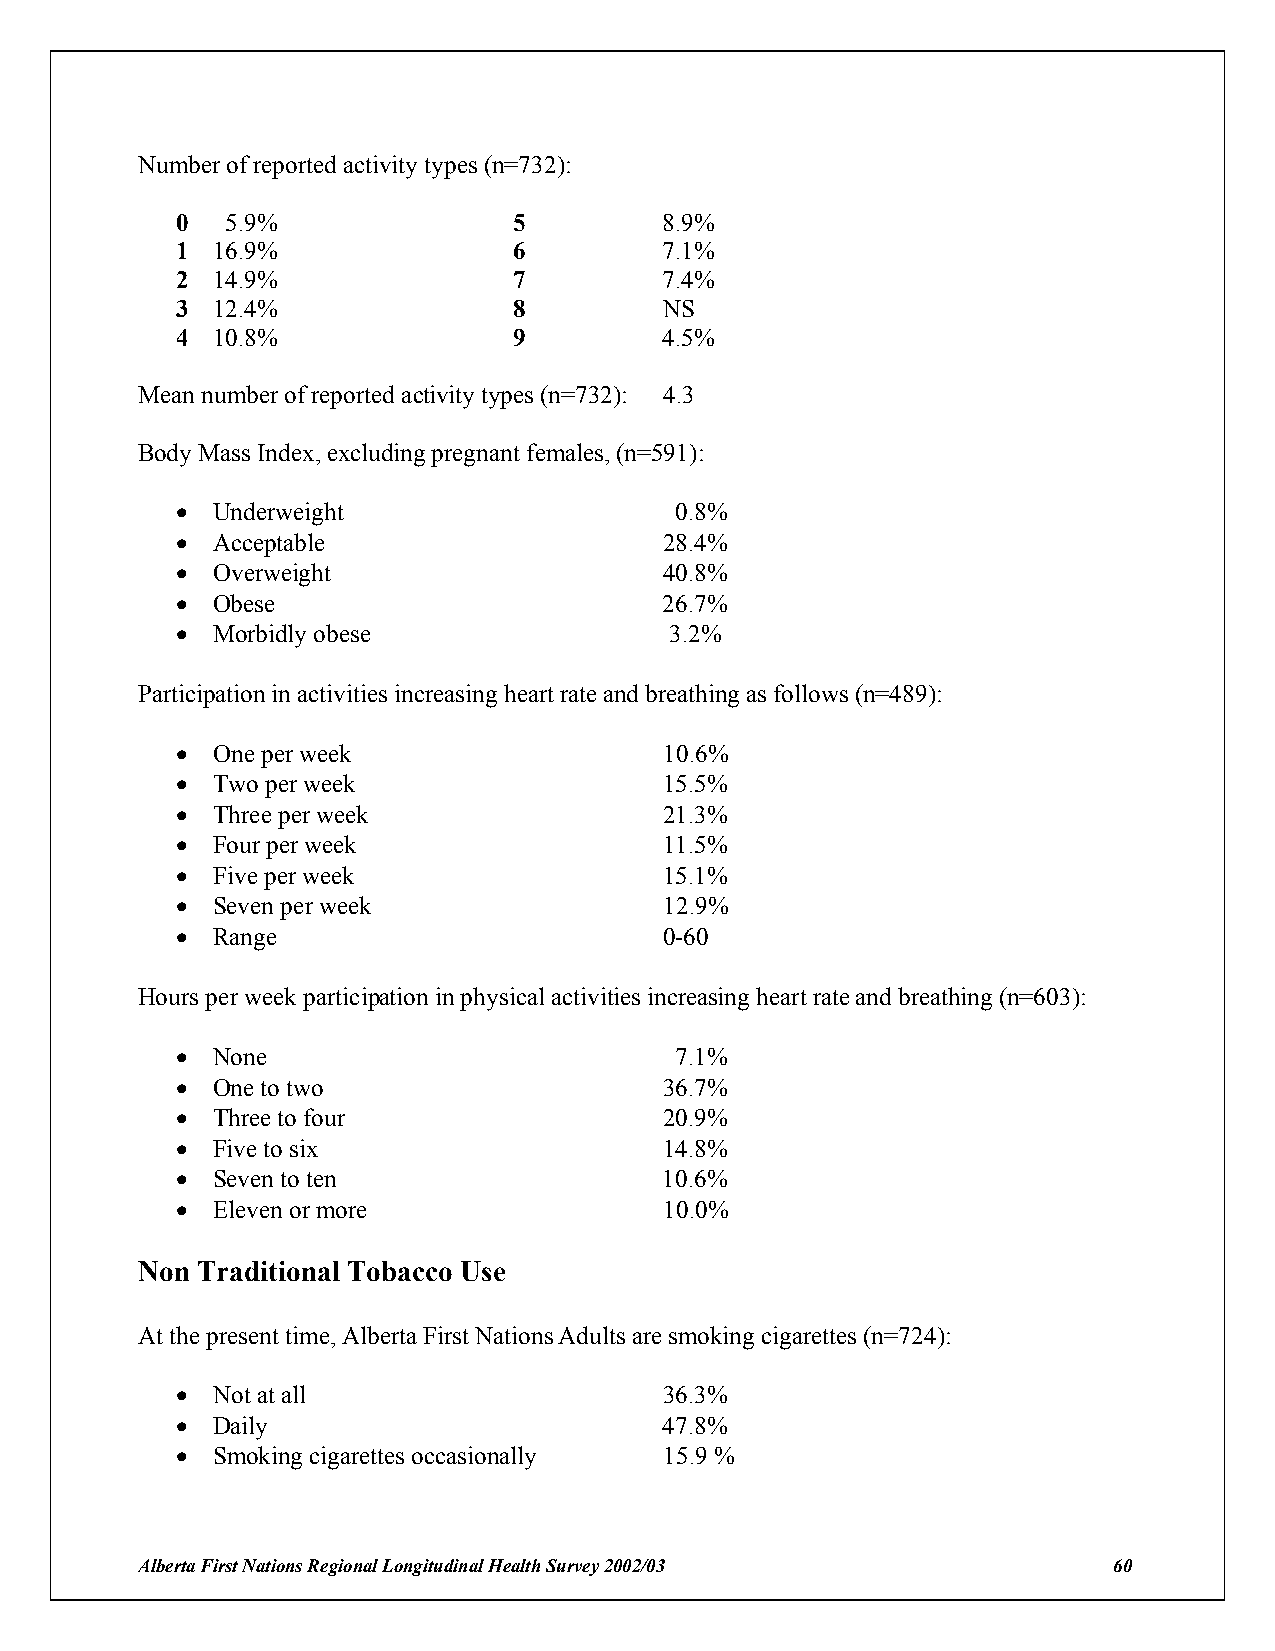
Number of reported activity types (n=732):
 0  5.9%               5         8.9%
 1 16.9%               6         7.1%
 2 14.9%               7         7.4%
 3 12.4%               8         NS
 4 10.8%               9         4.5%
 Mean number of reported activity types (n=732): 4.3
 Body Mass Index, excluding pregnant females, (n=591):
 ! Underweight                    0.8%
 ! Acceptable                    28.4%
 ! Overweight                    40.8%
 ! Obese                         26.7%
 ! Morbidly obese                3.2%
 Participation in activities increasing heart rate and breathing as follows (n=489):
 ! One per week                  10.6%
 ! Two per week                  15.5%
 ! Three per week                21.3%
 ! Four per week                 11.5%
 ! Five per week                 15.1%
 ! Seven per week                12.9%
 ! Range                         0-60
 Hours per week participation in physical activities increasing heart rate and breathing (n=603):
 ! None                           7.1%
 ! One to two                    36.7%
 ! Three to four                 20.9%
 ! Five to six                   14.8%
 ! Seven to ten                  10.6%
 ! Eleven or more                10.0%
 Non Traditional Tobacco Use
 At the present time, Alberta First Nations Adults are smoking cigarettes (n=724):
 ! Not at all                    36.3%
 ! Daily                         47.8%
 ! Smoking cigarettes occasionally 15.9 %
 Alberta First Nations Regional Longitudinal Health Survey 2002/03 60